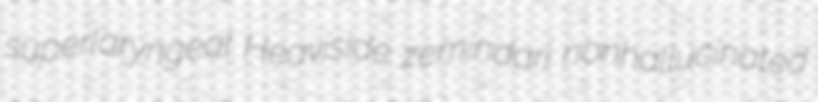
superlaryngeal Heaviside zemindari nonhallucinated